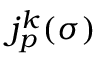
j _ { p } ^ { k } ( \sigma )